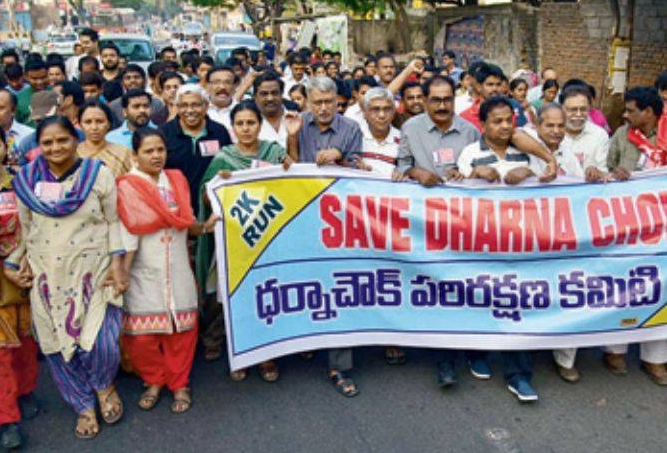
Language: telugu
Transcription: ధర్నాచౌక్ పరిరక్షణ కమిటి